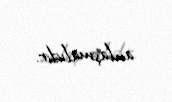
anlaşmalıdır.